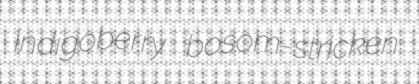
indigoberry bosom-stricken